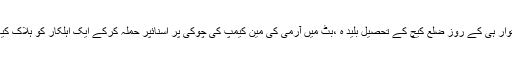
اتوار ہی کے روز ضلع کیچ کے تحصیل بلید ہ ،بٹ میں آرمی کی مین کیمپ کی چوکی پر اسنائپر حملہ کرکے ایک اہلکار کو ہلاک کیا۔